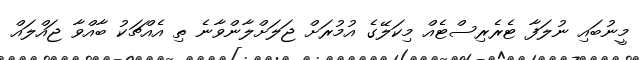
މީނުބައި ނުލަފާ ޓެރެރިސްޓެއް މިކަލޭގެ އުމުރަށް ޖަލަށްލާންވާނެ ތި އެއްޗަކު ބާއްވާ ޖައްލައް